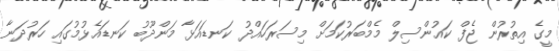
މީގެ އިތުރުން ޖެފް ކައުންސިލް މެމްބަރުކަމަށް މިސަރަހައްދު ކަނޑައަޅާ މަންދޫބު ކަނޑައެޅުމުގައި ހަރުދަނާ